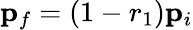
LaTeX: {\mathbf p}_{f}=(1-r_{1}){\mathbf p}_{i}